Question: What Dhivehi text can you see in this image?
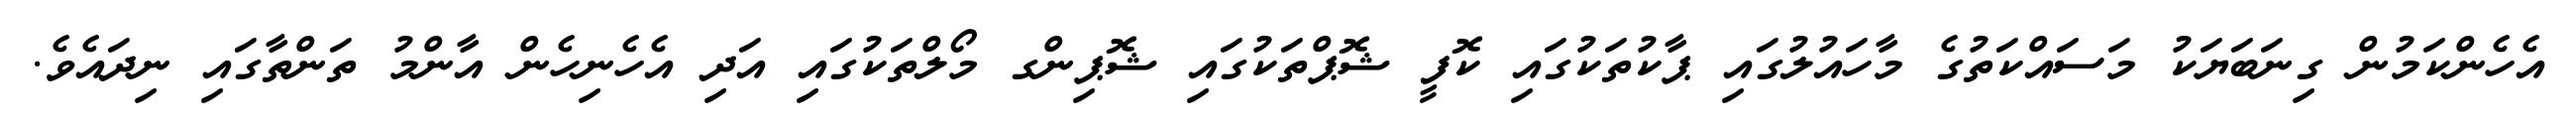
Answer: އެހެންކަމުން ގިނަބަޔަކު މަސައްކަތުގެ މާހައުލުގައި ޕާކުތަކުގައި ކޮފީ ޝޮޕްތަކުގައި ޝޮޕިންގ މޯލްތަކުގައި އަދި އެހެނިހެން އާންމު ތަންތާގައި ނިދައެވެ.